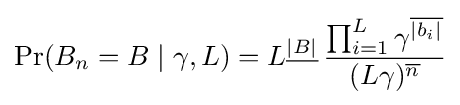
{\text{Pr}}(B_{n}=B\mid \gamma ,L)=L^{\underline {\left|B\right|}}\,{\frac {\prod _{i=1}^{L}\gamma ^{\overline {\left|{b_{i}}\right|}}}{(L\gamma )^{\overline {n}}}}